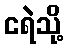
ငရဲသို့